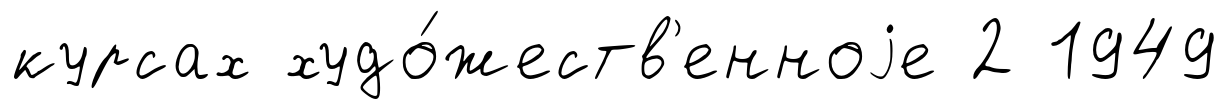
курсах худо́жеств'енноjе 2 1949